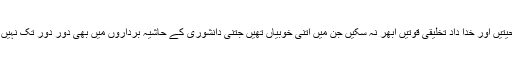
ایسی ایسی صلاحیتیں اور خدا داد تخلیقی قوتیں ابھر نہ سکیں جن میں اتنی خوبیاں تھیں جتنی دانشوری کے حاشیہ برداروں میں بھی دور دور تک نہیں پائی جاتی تھیں۔